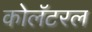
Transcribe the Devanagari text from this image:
कोलॅटरल